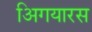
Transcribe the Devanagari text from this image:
अिगयारस